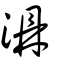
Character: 濎